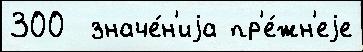
300  значе́н'иjа пр'е́жн'еjе